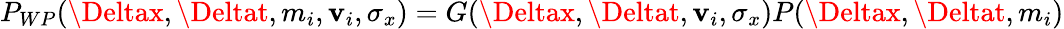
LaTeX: P_{WP}(\Deltax,\Deltat,m_{i},\mathbf{v}_{i},\sigma_{x})=G(\Deltax,\Deltat,\mathbf{v}_{i},\sigma_{x})P(\Deltax,\Deltat,m_{i})